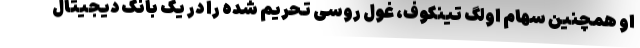
او همچنین سهام اولگ تینکوف، غول روسی تحریم شده را در یک بانک دیجیتال